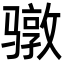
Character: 𮪥